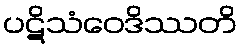
ပဋိသံဝေဒိဿတိ